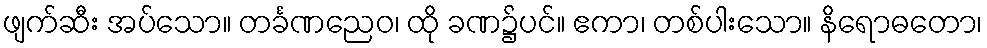
ဖျက်ဆီး အပ်သော။ တင်္ခဏညေဝ၊ ထို ခဏ၌ပင်။ ဧကာ၊ တစ်ပါးသော။ နိရောဓတော၊